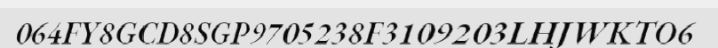
064FY8GCD8SGP9705238F3109203LHJWKTO6